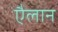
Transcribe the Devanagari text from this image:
एैलान